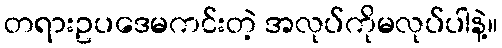
တရားဥပဒေမကင်းတဲ့ အလုပ်ကိုမလုပ်ပါနဲ့။